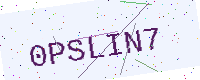
Text: 0PSLIN7